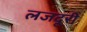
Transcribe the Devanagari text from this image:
लजदूरी